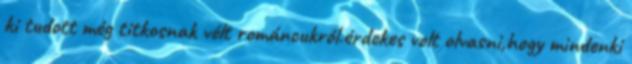
ki tudott még titkosnak vélt románcukról.érdekes volt olvasni,hogy mindenki